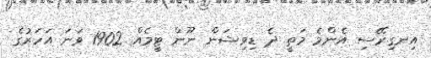
އިނގިރޭސި އެންމެ މަތީ ދެ ޑިވިޝަން ނޫން ޓީމެއް 1902 ވަނަ އަހަރުގެ